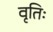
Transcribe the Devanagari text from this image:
वृतिः